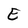
Character: E